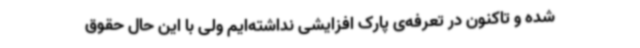
شده و تاکنون در تعرفه‌ی پارک افزایشی نداشته‌ایم ولی با این حال حقوق